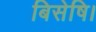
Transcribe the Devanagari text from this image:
बिसेषि।